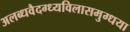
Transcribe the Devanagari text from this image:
अलब्धवैदग्ध्यविलासमुग्धया